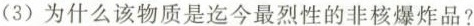
(3)为什么该物质是迄今最烈性的非核爆炸品?